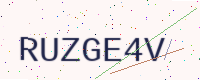
Text: RUZGE4V